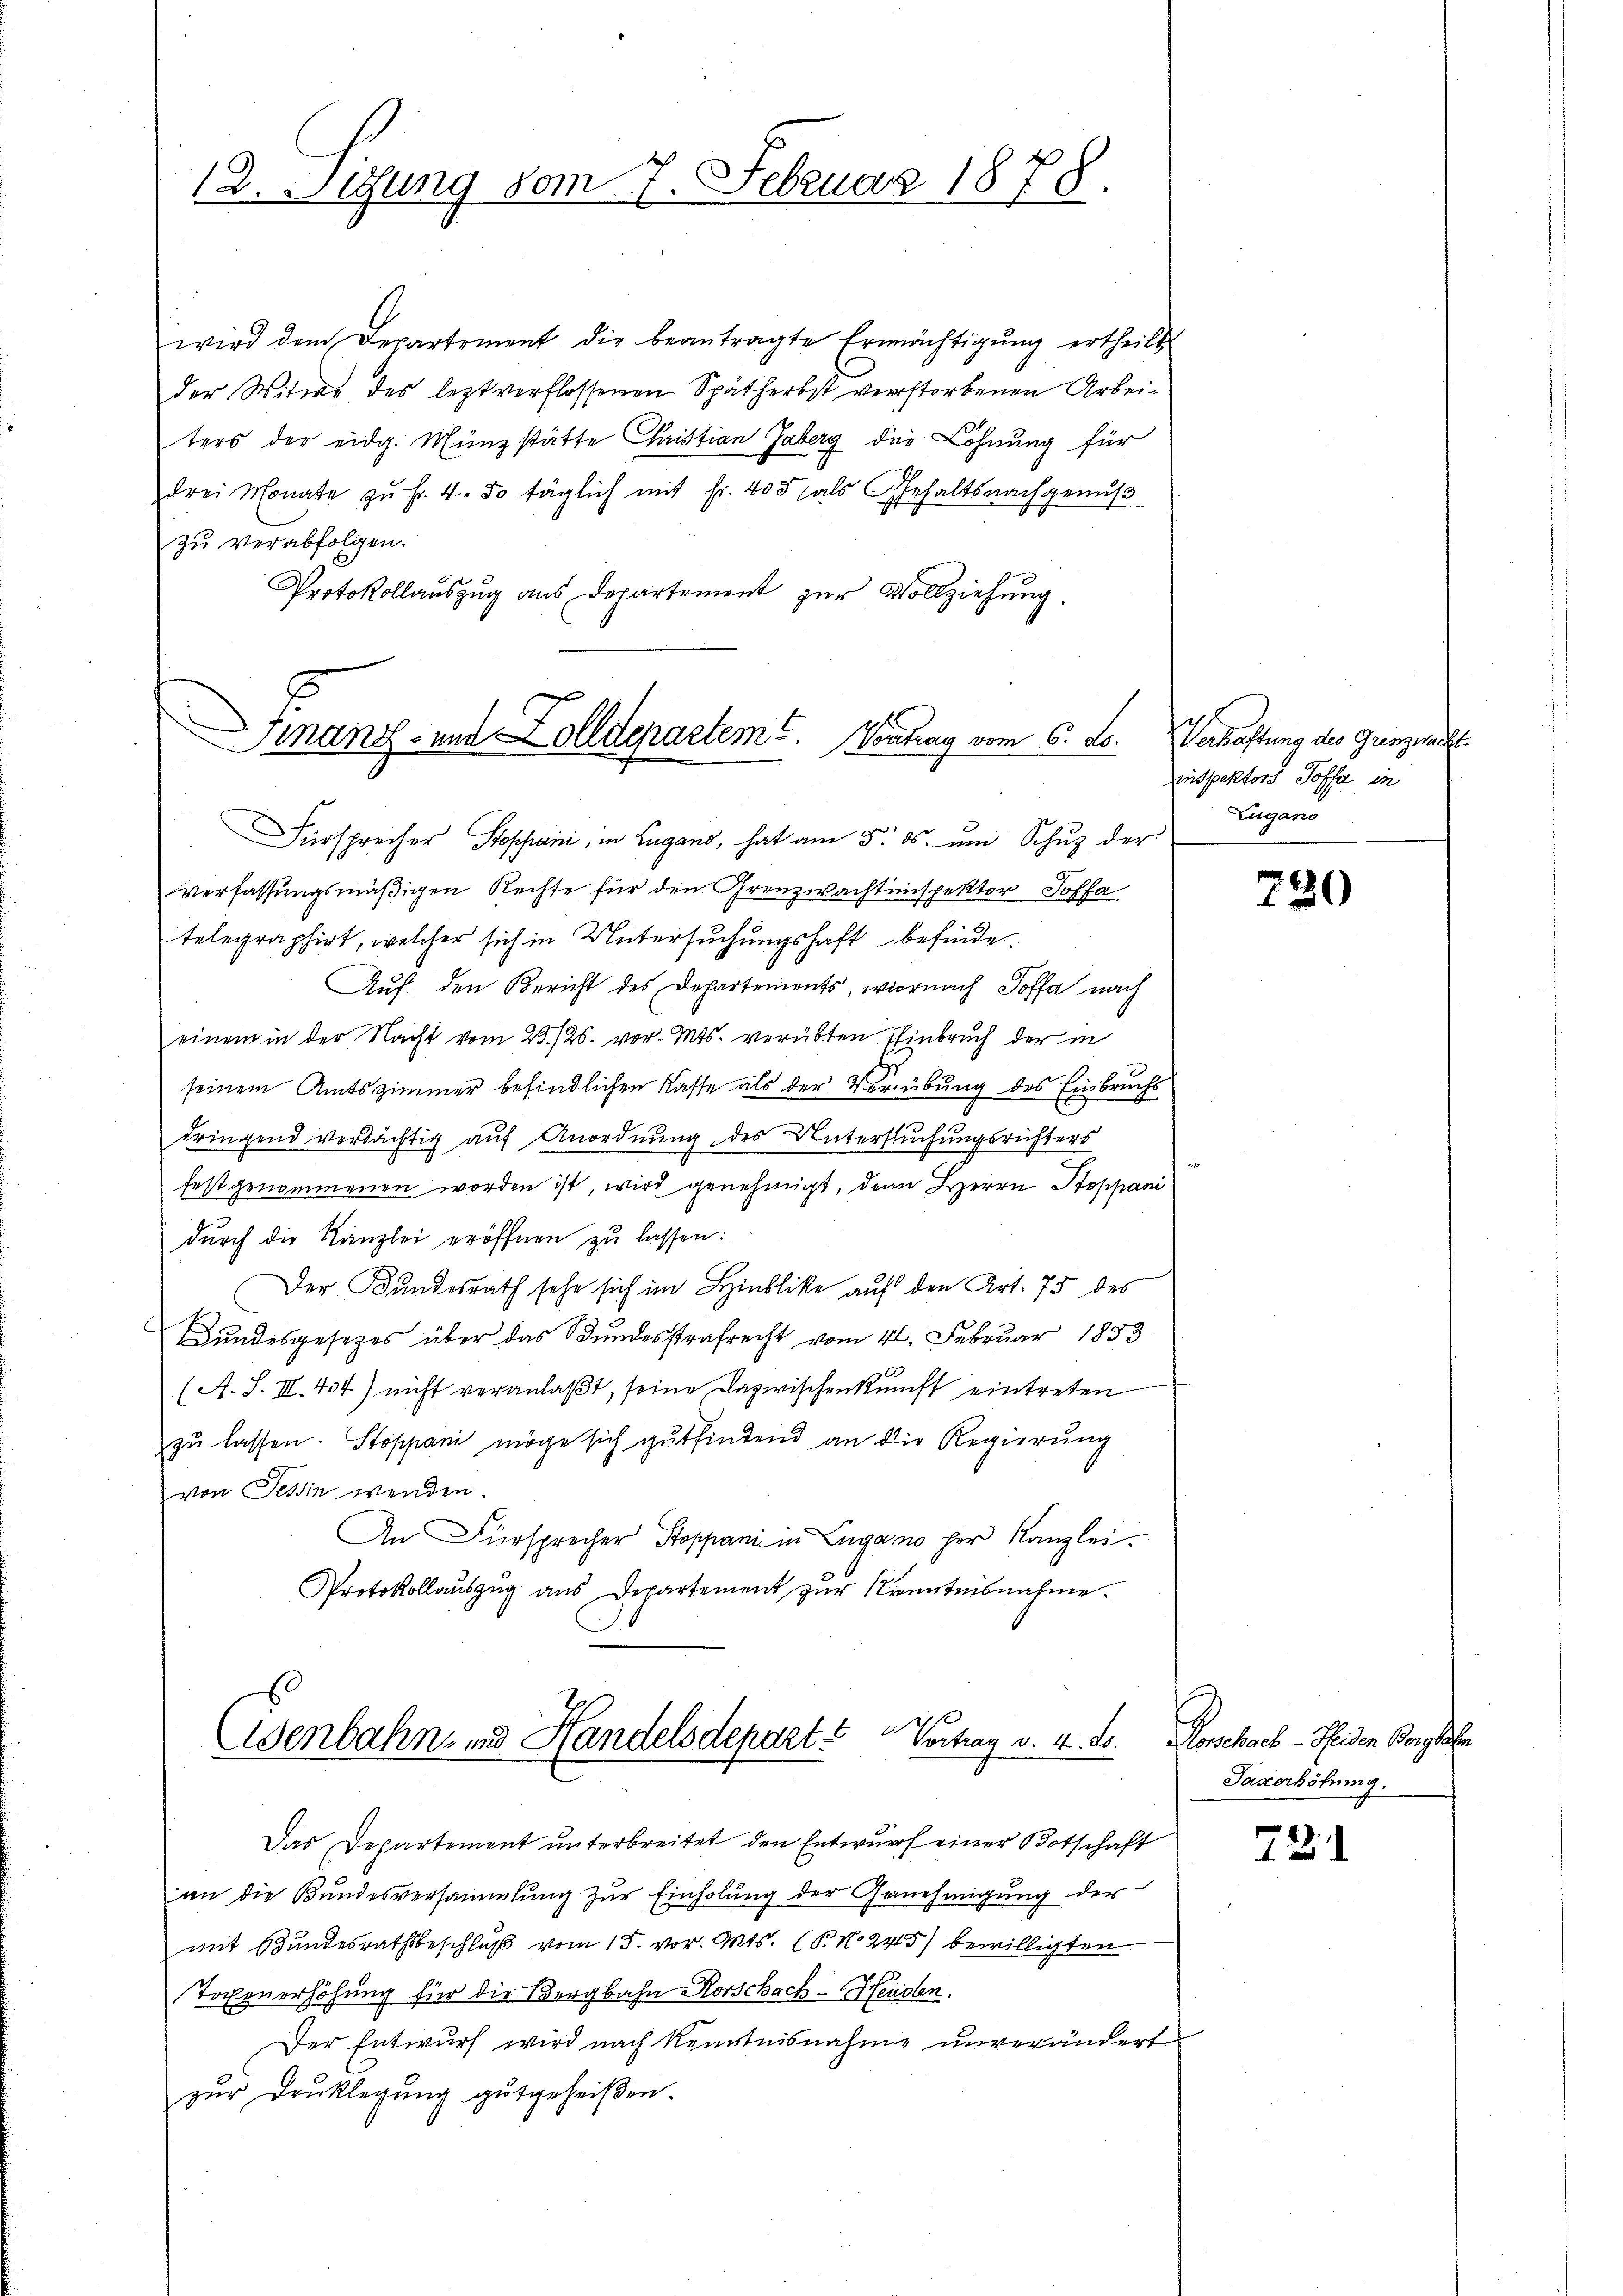
12. Sizung vom 7. Februar 1878.

wird dem Departement die beantragte Ermächtigŭng ertheilt
der Witwe des leztverflossenen Spätherbst verstorbenen Arbeiters der eidg. Münzstätte Cristian Jaberg die Löhnung für
drei Monate zŭ fr. 4. 50 täglich mit Fr. 403 als Gehaltsnachgenŭβ
zu verabfolgen.
Protokollauszug aus Departement zur Vollziehung.

Finanz- und Zolldepartem C. Vortrag vom 6. Lo. Verhaftung des Grenzwacht

Fürsprecher Stoppani, in Lugans, hat am 5. ds. ŭm Schuz der
verfassungsmäßigen Rechte für den Grenzwachtenspektor Soffa
telegraphirt, welcher sich in Untersuchungshaft befinde.
Auf den Bericht des Departements, wornach Soffa nach
einem in der Nacht vom 23./26. vor. Mts. verübten Einbruch der in
seinem Amtszimmer befindlichen Kasse als der Verübung des Einbruchs
dringend verdächtig auf Anordnung des Untersuchungsrichters
festgenommenen worden ist, wird genehmigt, denn Herrn Stoppani
durch die Kanzlei eröffnen zu lassen:
Der Bundesrath sehe sich im Hinblicke auf den Art. 75 des
Bundesgesetzes über das Bundesstrafrecht vom 4. Februar 1883
(A. S. III. 404) nicht veranlaßt, seine Dazwischenkunft eintreten
zŭ lassen. Stoppani möge sich gŭtfindend an die Regierŭng
von Tessin wenden.
An Fürsprecher Stoppanii in Lugano her Kanzlei-
Protokollauszug aus Departement zŭr Kenntnisnahme.

.
isenbahn- und Handelsdepart? Vortrag v. 4. ds. Morschach - Heiden Vorgehe

inspektors Soffe in
Zugano

Das Departement unterbreitet den Entwurf einer Botschaft
an die Bundesversammlung zur Einholung der Genehmigung der
mit Bundesrathsbeschluß vom 15. vor. Mts. (T. No. 245) bewilligten
Torenerhöhung für die Bergbahn Horschach - Heuslen.
Der Entwurf wird nach Kenntnisnahme unverändert
zur Druklegung gutgeheißen.

720

Taxerhöhung.

72